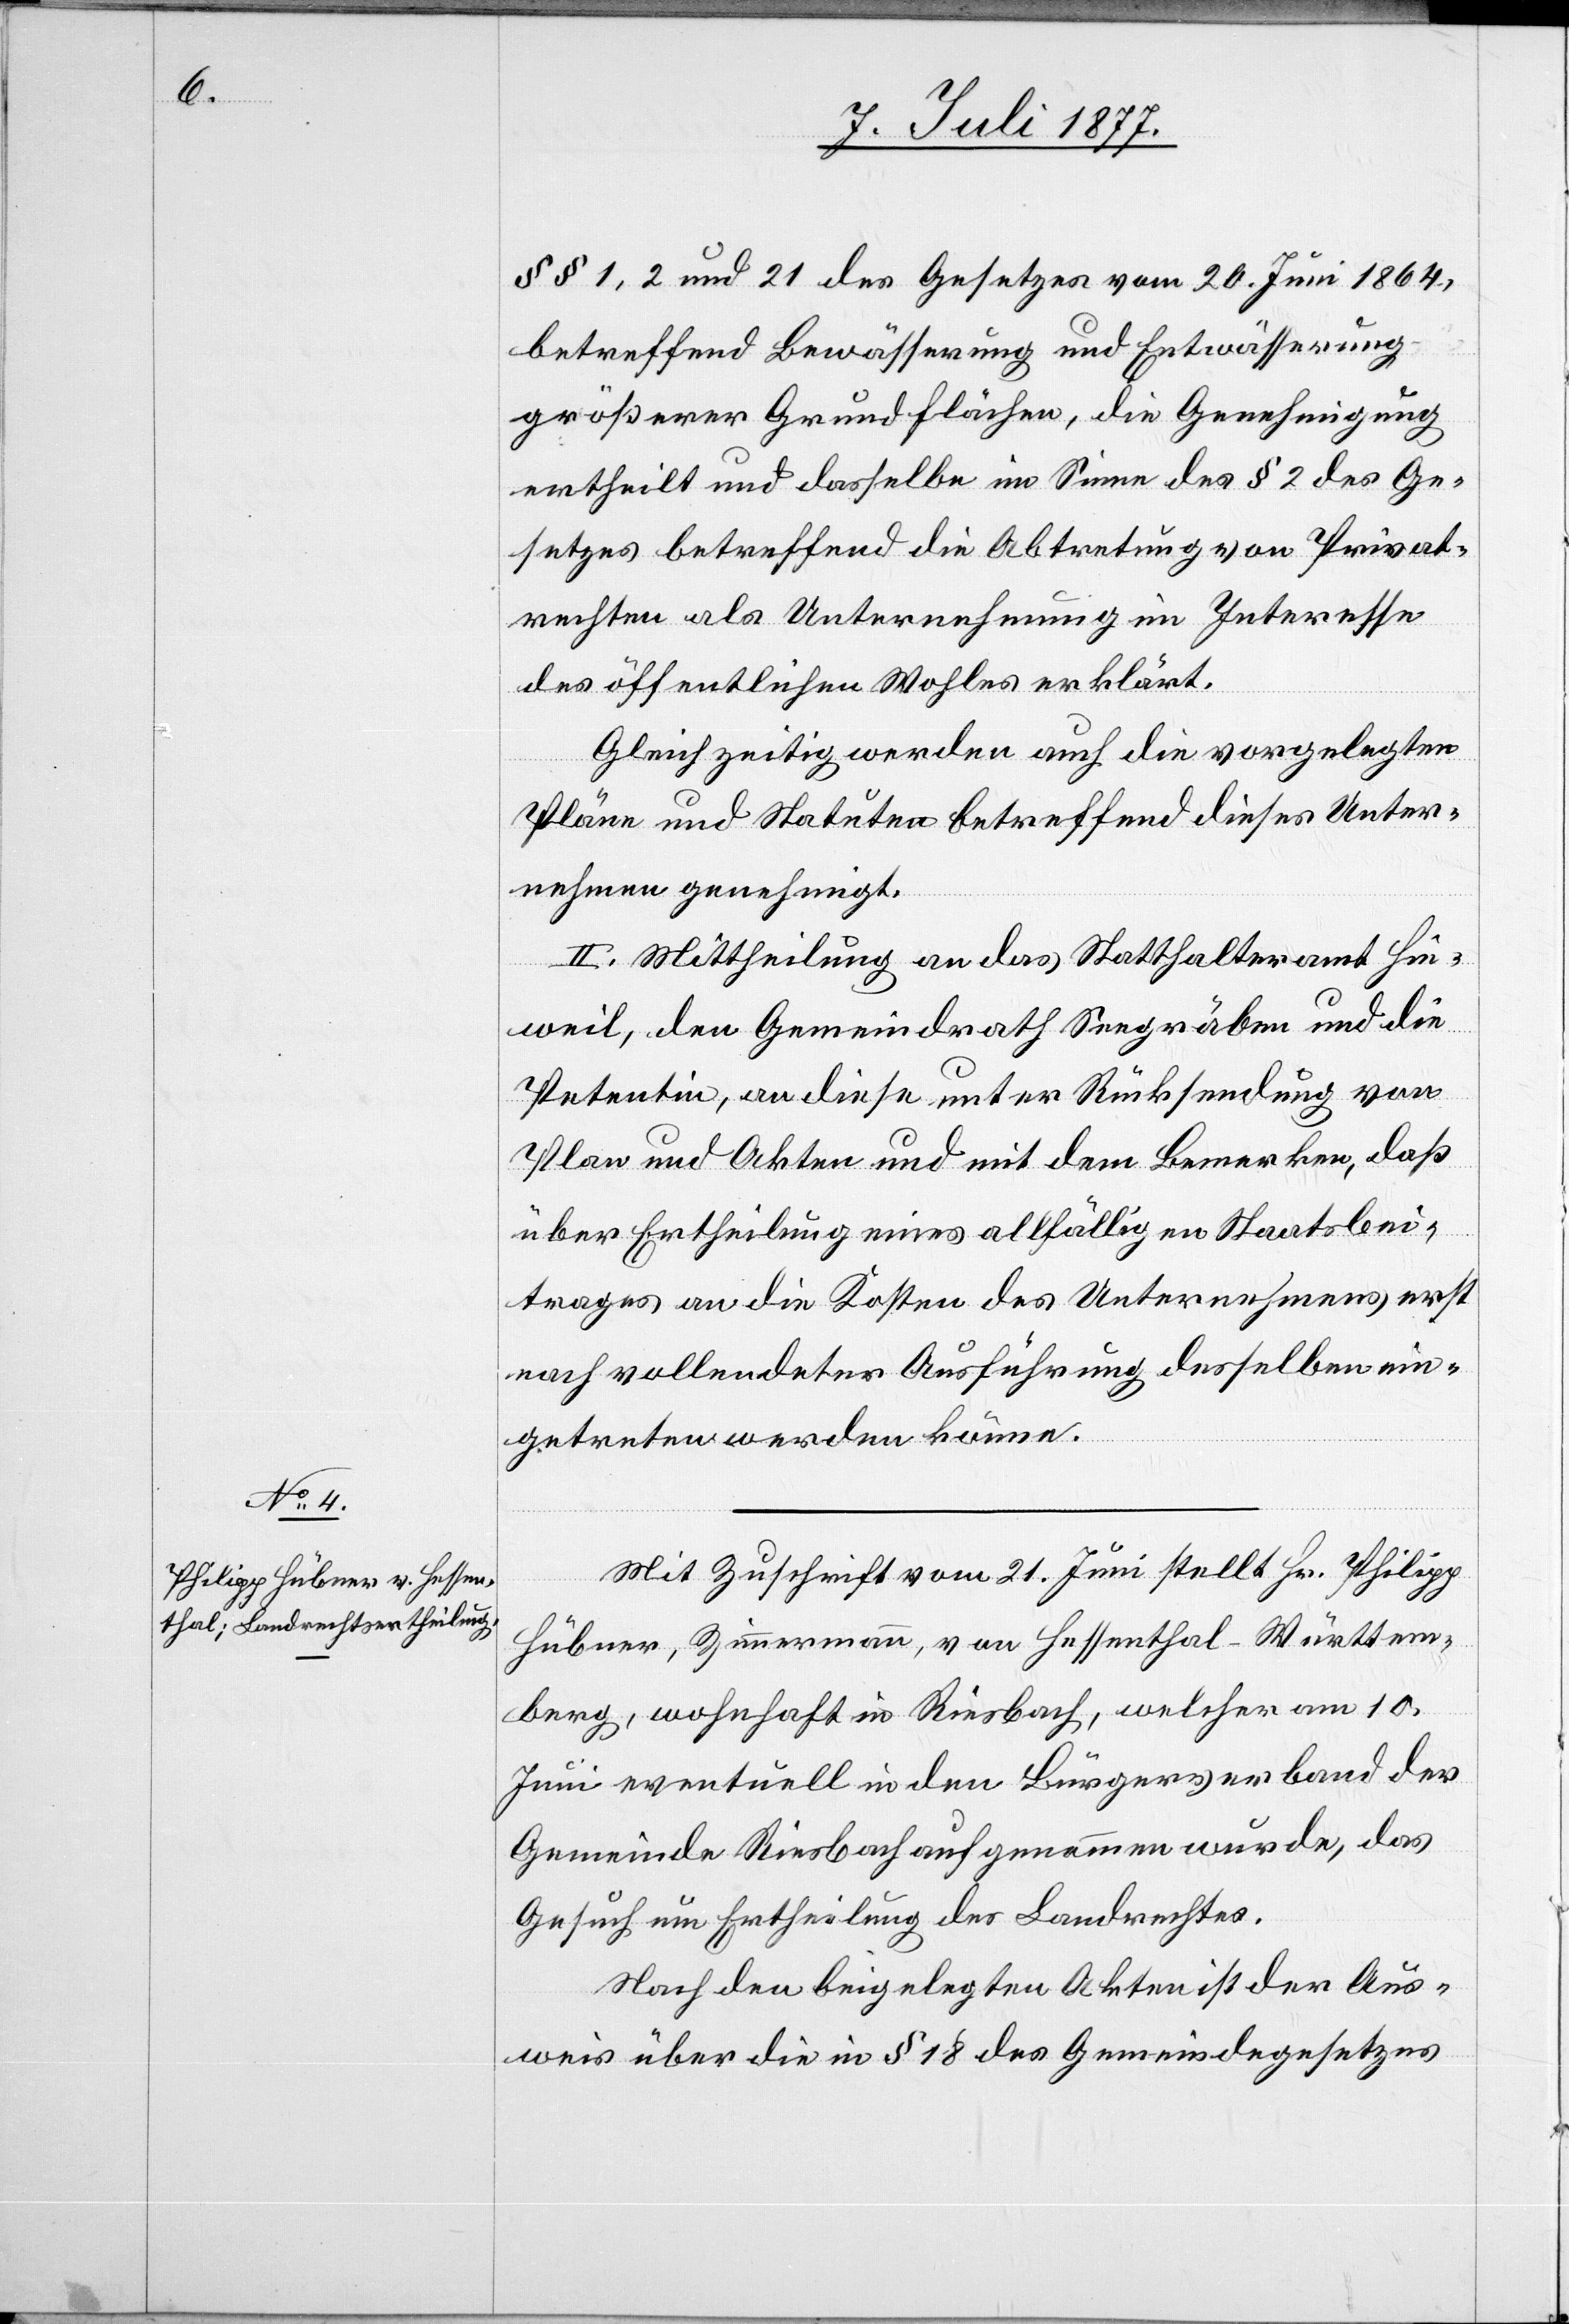
§§ 1, 2 und 21 des Gesetzes vom 20. Juni 1864,
betreffend Bewässerung und Entwässerung
größerer Grundflächen, die Genehmigung
ertheilt und dasselbe im Sinne des § 2 des Ge¬
setzes betreffend die Abtretung von Privat¬
rechten als Unternehmung im Interesse
des öffentlichen Wohles erklärt.
Gleichzeitig werden auch die vorgelegten
Pläne und Statuten betreffend dieses Unter¬
nehmen genehmigt.
II. Mittheilung an das Statthalteramt Hin¬
weil, den Gemeindrath Seegräben und die
Petentin, an diese unter Rücksendung von
Plan und Akten und mit dem Bemerken, daß
über Ertheilung eines allfälligen Staatsbei¬
trages an die Kosten des Unternehmens erst
nach vollendeter Ausführung desselben ein¬
getreten werden könne.
Mit Zuschrift vom 21. Juni stellt Hr. Philipp
Hübner, Zimmermann, von Hessenthal - Württem¬
berg, wohnhaft in Riesbach, welcher am 10.
Juni eventuell in den Bürgerverband der
Gemeinde Riesbach aufgenommen wurde, das
Gesuch um Ertheilung des Landrechtes.
Nach den beigelegten Akten ist der Aus¬
weis über die in § 18 des Gemeindegesetzes